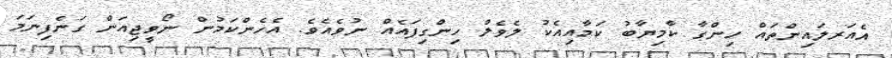
އެއަރލައިންތައް ހިންގާ ކާމިޔާބު ކަމާއިއެކު ލެވެލް ހިންގިފައެއް ނުވެއެވެ. އެހެންކަމުން ނޯވީޖިއަން ގަނެފިނަމަ